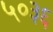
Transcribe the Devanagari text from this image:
५०३६